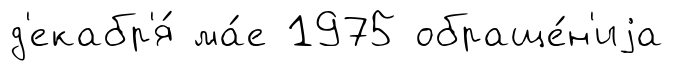
д'екабр'я́ ма́е 1975 обраще́н'иjа